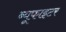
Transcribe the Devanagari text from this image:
ब्यूफाइटर